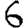
Digit: 6